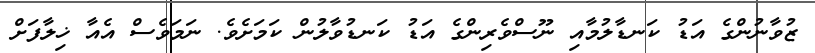
ޒުވާނުންގެ އަޑު ކަނޑާލުމާއި ނޫސްވެރިންގެ އަޑު ކަނޑުވާލުން ކަމަށެވެ. ނަމަވެސް އެއާ ޚިލާފަށް